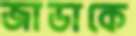
জাডাকে